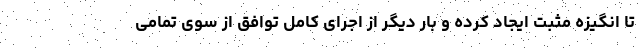
تا انگیزه‌ مثبت ایجاد کرده و بار دیگر از اجرای کامل توافق از سوی تمامی